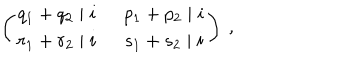
\left( \begin{array} { c c } { { q _ { 1 } + q _ { 2 } \mid i } } & { { ~ ~ p _ { 1 } + p _ { 2 } \mid i } } \\ { { r _ { 1 } + r _ { 2 } \mid i } } & { { ~ ~ s _ { 1 } + s _ { 2 } \mid i } } \\ \end{array} \right) ~ ,